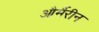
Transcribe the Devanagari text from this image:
और्मैरीन